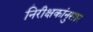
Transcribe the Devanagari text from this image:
निरीक्षकांनुसार